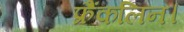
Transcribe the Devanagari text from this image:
फ्रैंकलिन।